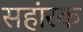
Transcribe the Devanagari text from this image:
सहांरक